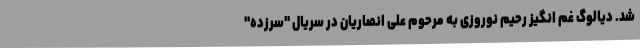
شد. دیالوگ غم انگیز رحیم نوروزی به مرحوم علی انصاریان در سریال "سرزده"